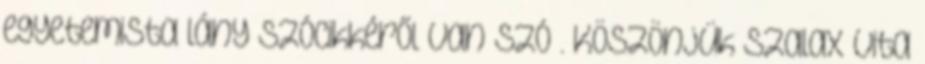
egyetemista lány szócikkéről van szó . Köszönjük szalax vita